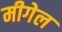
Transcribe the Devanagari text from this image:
मीगेल